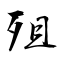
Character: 殂